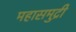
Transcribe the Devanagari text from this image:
महासमुद्री